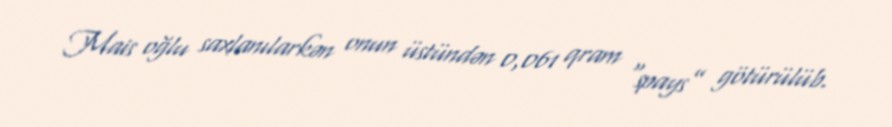
Mais oğlu saxlanılarkən onun üstündən 0,061 qram “spays” götürülüb.